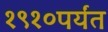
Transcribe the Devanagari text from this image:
१९१०पर्यंत